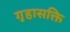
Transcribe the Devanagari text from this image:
गृहासक्ति